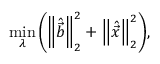
\operatorname* { m i n } _ { \lambda } { \left( { \left\| \hat { \vec { b } } \right\| } _ { 2 } ^ { 2 } + { \left\| \hat { \vec { x } } \right\| } _ { 2 } ^ { 2 } \right) } ,